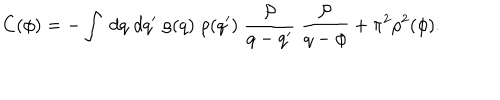
C ( \phi ) = - \int \; d q \; d q ^ { \prime } \; \rho ( q ) \; \rho ( q ^ { \prime } ) \; \frac { { \cal P } } { q - q ^ { \prime } } \; \frac { { \cal P } } { q - \phi } + \pi ^ { 2 } \rho ^ { 2 } ( \phi ) .